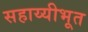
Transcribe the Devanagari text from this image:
सहाय्यीभूत